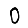
Digit: 0